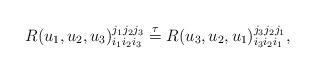
LaTeX: \begin{align*}R(u_1,u_2,u_3)^{j_1j_2j_3}_{i_1i_2i_3}\stackrel{\tau}{=}R(u_3,u_2,u_1)^{j_3j_2j_1}_{i_3i_2i_1},\end{align*}